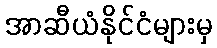
အာဆီယံနိုင်ငံများမှ